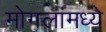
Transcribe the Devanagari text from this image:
मोगलांमध्ये